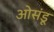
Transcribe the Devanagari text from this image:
ओसंडू